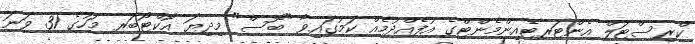
ކްރިސްޓަލް އެންޓަރޓެއިންމެންޓްގެ އުފެއްދުމެއް ކަމުގައިވާ "ބޮސް" މިދިޔަ އޮކްޓޯބަރ މަހުގެ 31 ވަނަ